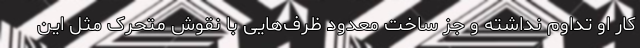
کار او تداوم نداشته و جز ساخت معدود ظرف‌هایی با نقوش متحرک مثل این